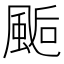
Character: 𩗇